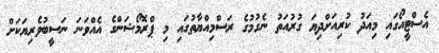
އެސްޓީއޯގައި މިއަދު ކުރިއަށްދިޔަ ގުރުއަތު ނެގުމުގެ ރަސްމިއްޔާތުގައި މި ޕްރޮމޯޝަންގެ އެއްވަނަ ނަސީބުވެރިޔަކަށް